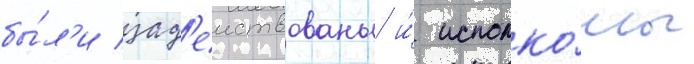
бы́л'и зад'еиствованы и́ исполко́мы